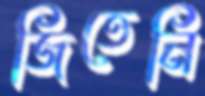
জিতেনি